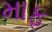
માફ